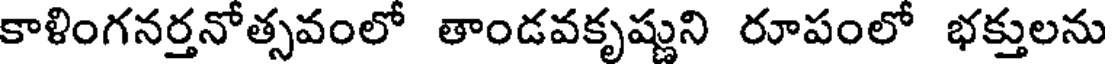
కాళింగనర్తనోత్సవంలో తాండవకృష్ణుని రూపంలో భక్తులను